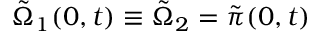
\tilde { \Omega } _ { 1 } ( 0 , t ) \equiv \tilde { \Omega } _ { 2 } = \tilde { \pi } ( 0 , t )